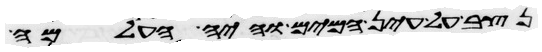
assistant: נצב על עין המים והיה העלמה